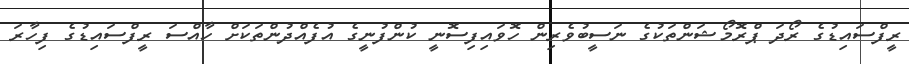
ރީފްސައިޑުގެ ރޯދަ ޕްރޮމޯޝަންތަކުގެ ނަސީބުވެރިން ހޮވައިފިސޮނީ ކުންފުނީގެ އުފެއްދުންތަކަށް ހާއްސަ ރީފްސައިޑުގެ ފިހާރަ